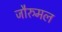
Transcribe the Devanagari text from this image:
जौरुमल